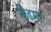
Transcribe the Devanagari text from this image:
बेडमा